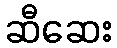
ဆီဆေး